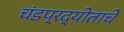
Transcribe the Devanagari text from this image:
चंडप्रद्योताचे